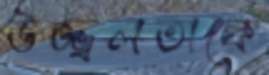
উজ্জ্বলতাকে